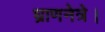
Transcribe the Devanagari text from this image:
घ्राणनेत्रे।